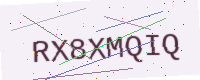
Text: RX8XMQIQ